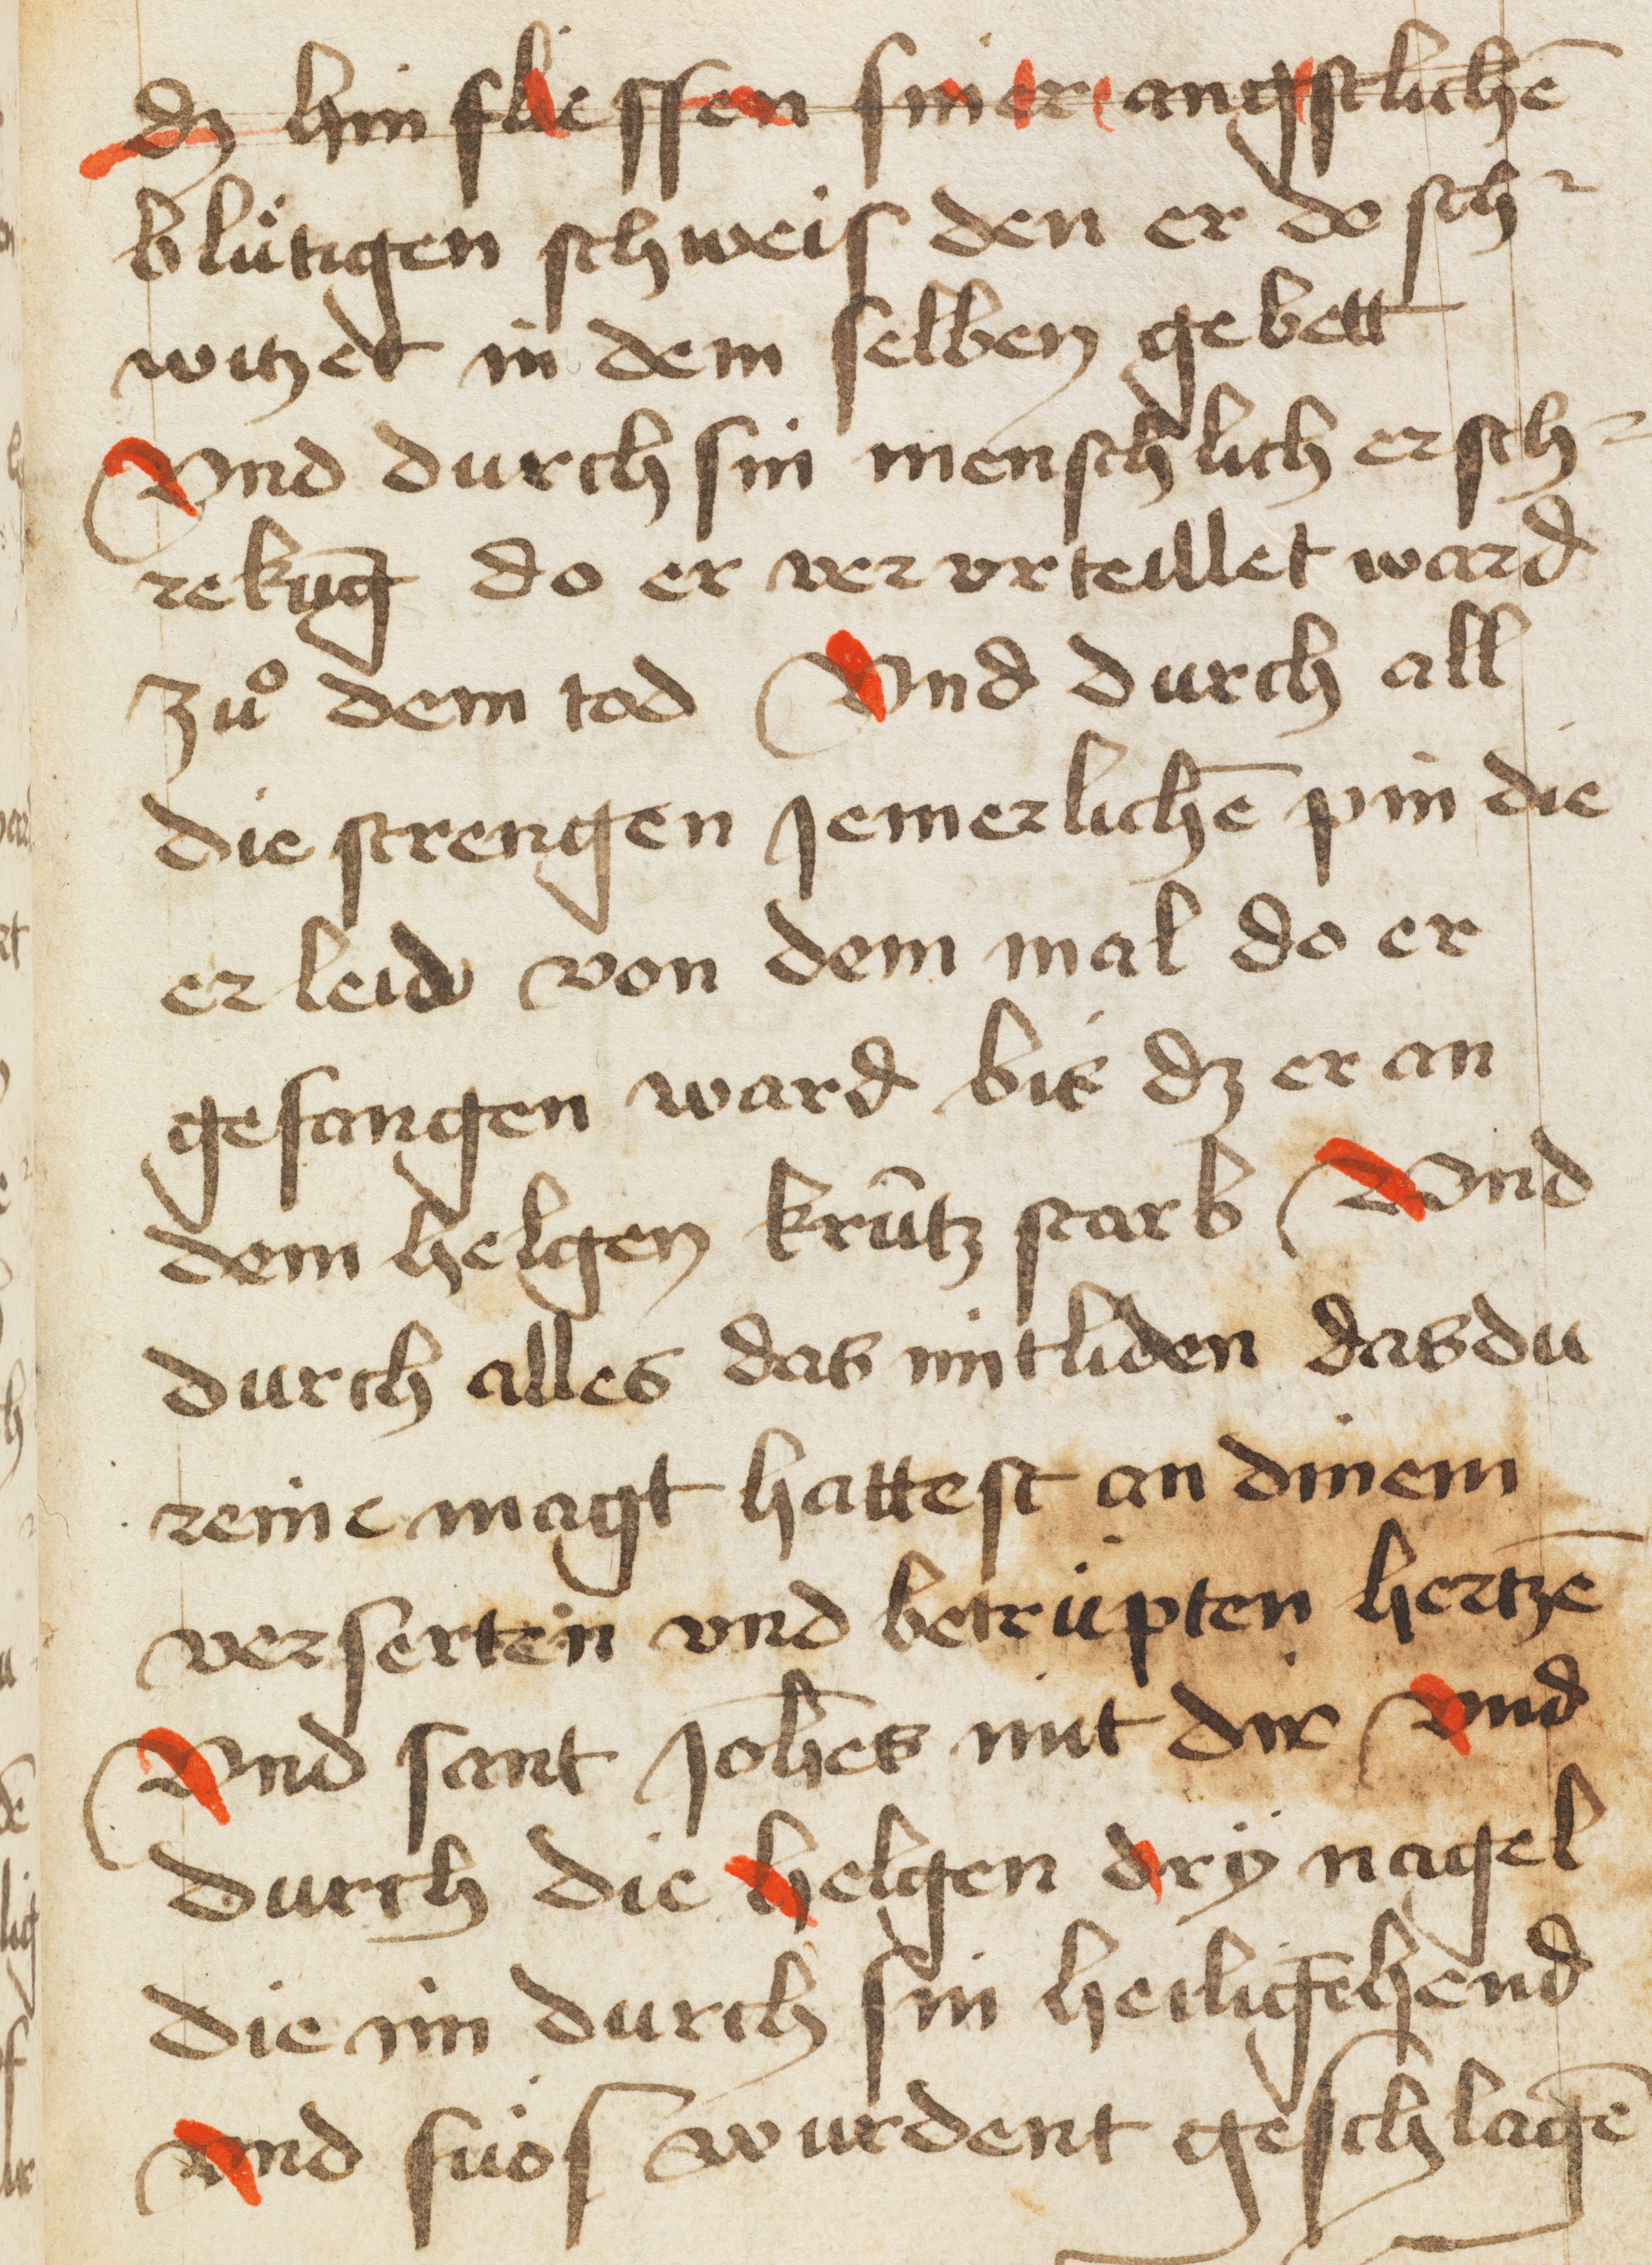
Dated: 1466–1466